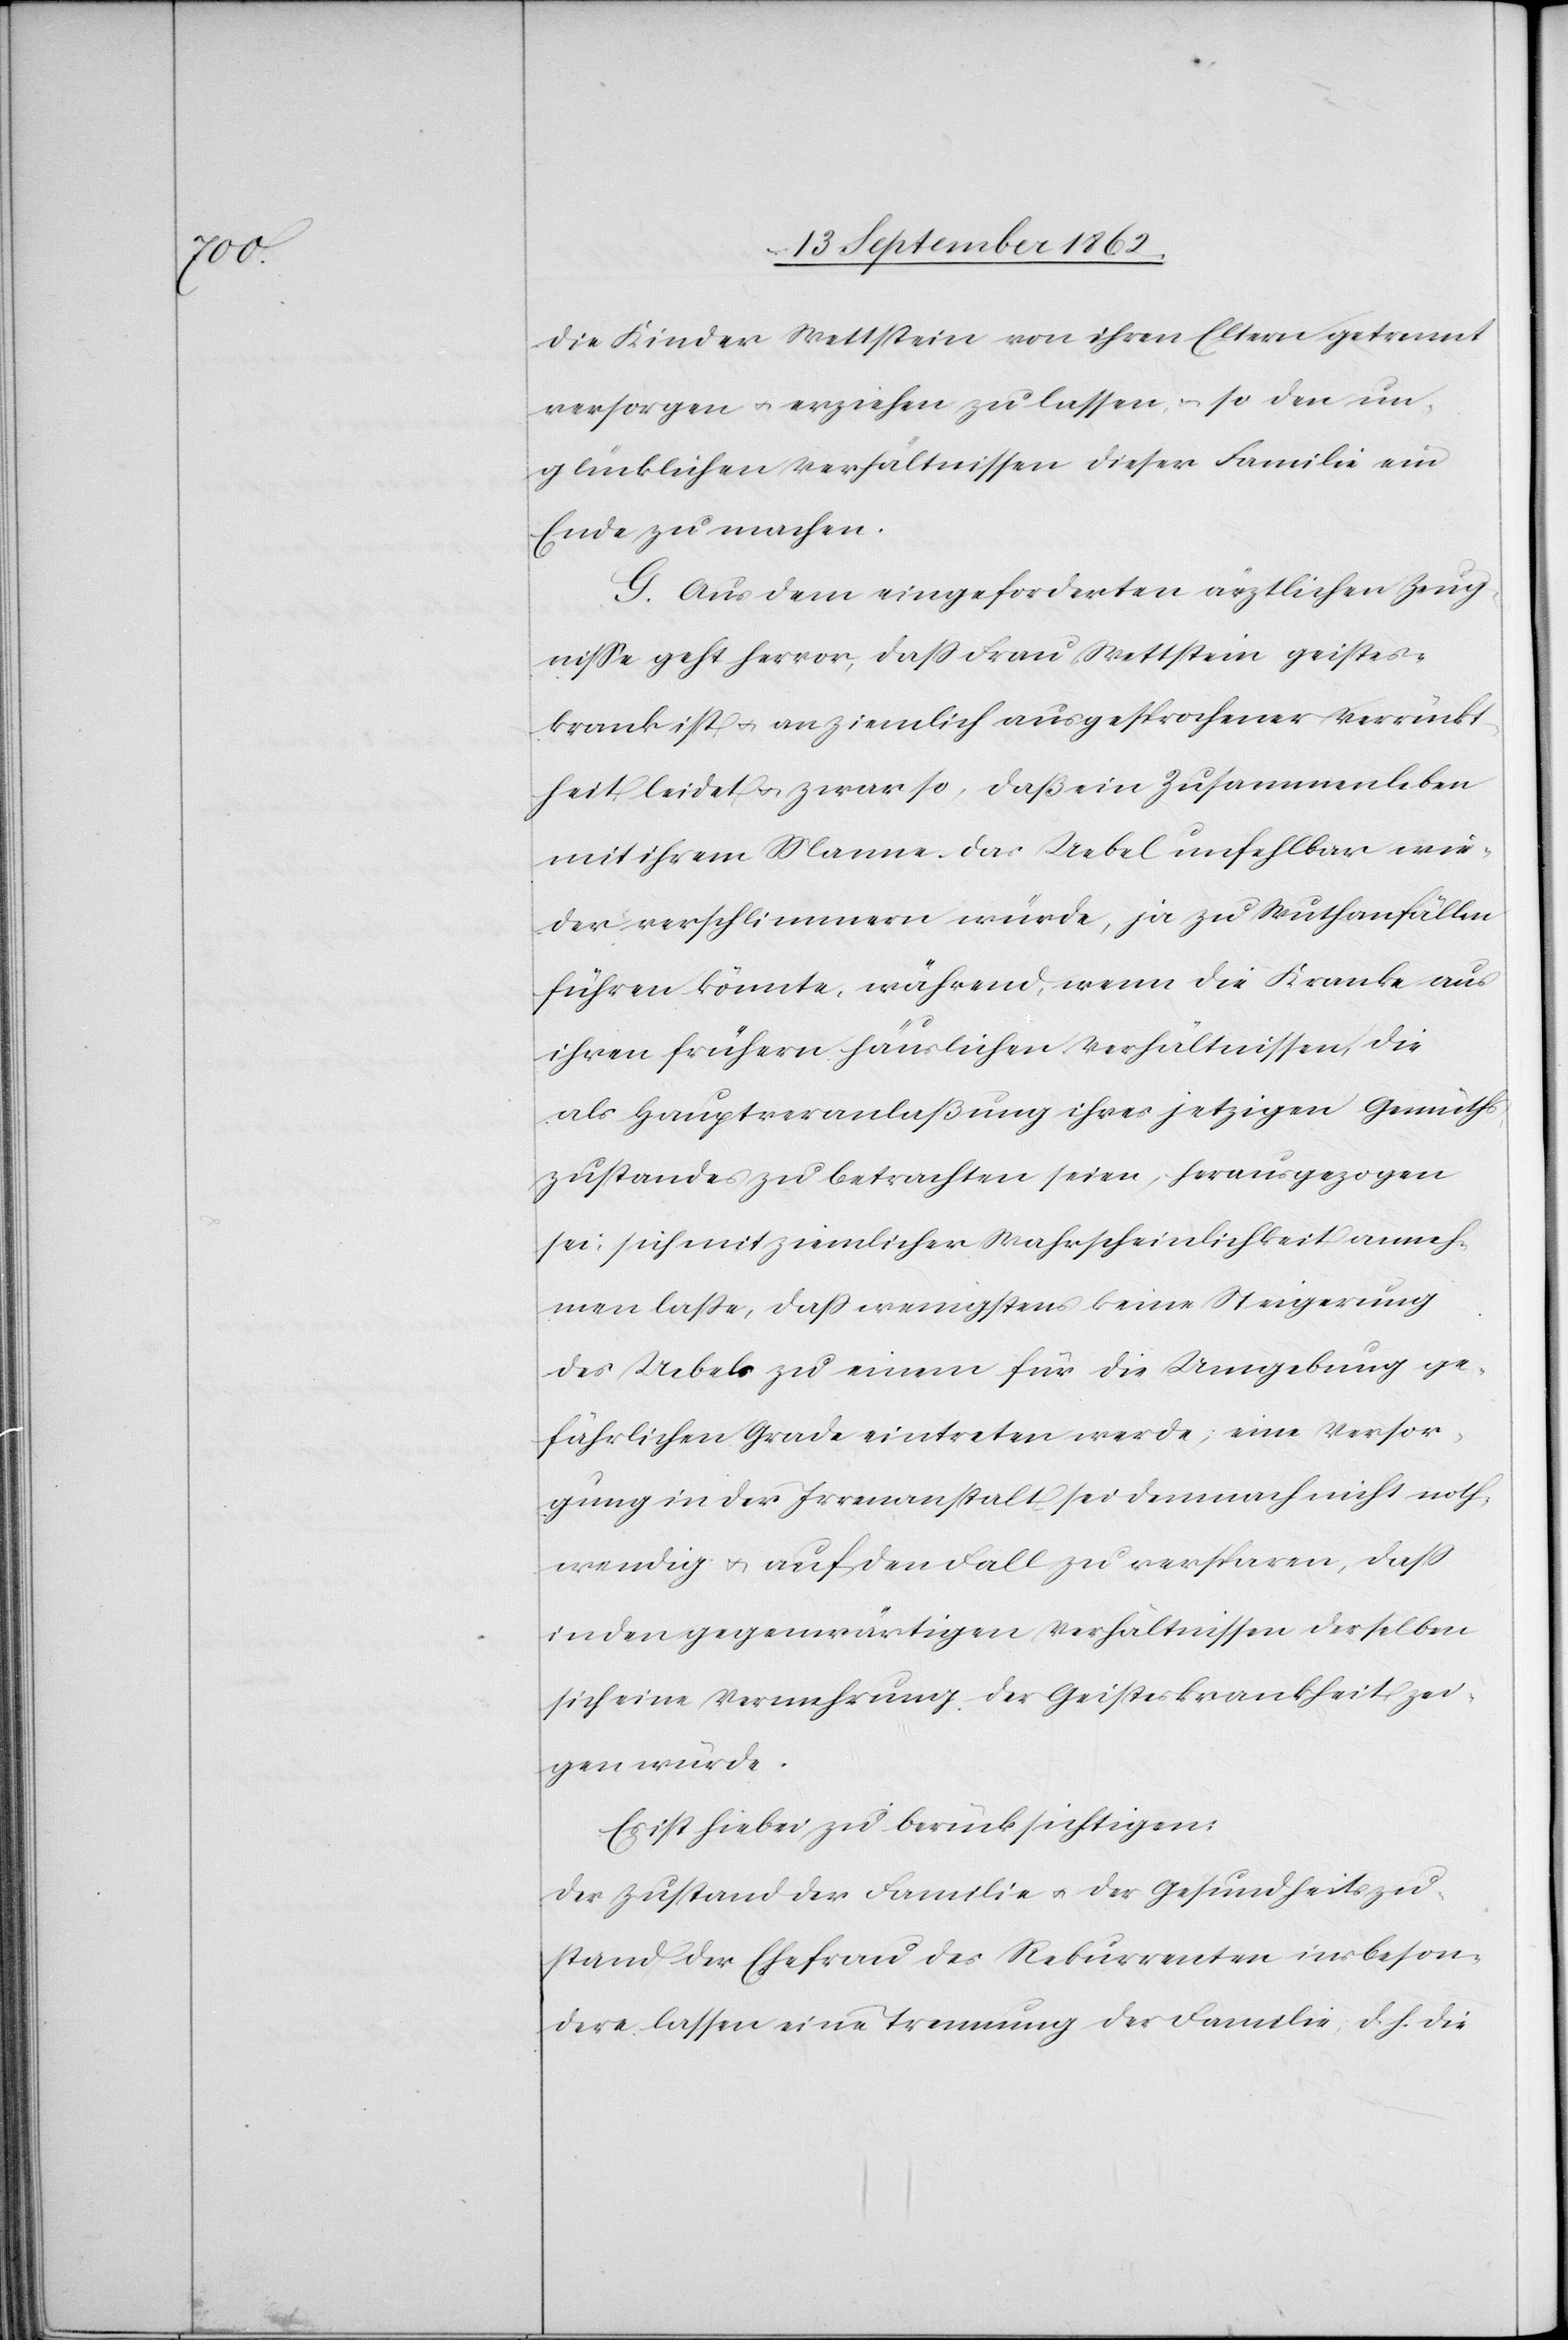
die Kinder Wettstein von ihren Eltern getrennt
versorgen u. erziehen zu lassen, u. so den un¬
glücklichen Verhältnissen dieser Familie ein
Ende zu machen.
G. Aus dem eingeforderten ärztlichen Zeug¬
nisse geht hervor, daß Frau Wettstein geistes¬
krank ist u. an ziemlich ausgesprochener Verrückt¬
heit leidet u. zwar so, daß ein Zusammenleben
mit ihrem Manne das Uebel unfehlbar wie¬
der verschlimmern würde, ja zu Wuthanfällen
führen könnte, während, wenn die Kranke aus
ihren frühern häuslichen Verhältnissen, die
als Hauptveranlaßung ihres jetzigen Gemüths¬
zustandes zu betrachten seien, herausgezogen
sei, sich mit ziemlicher Wahrscheinlichkeit anneh¬
men laße, daß wenigstens keine Steigerung
des Uebels zu einem für die Umgebung ge¬
fährlichen Grade eintreten werde, eine Versor¬
gung in der Irrenanstalt sei demnach nicht noth¬
wendig u. auf den Fall zu versparen, daß
in den gegenwärtigen Verhältnissen derselben
sich eine Vermehrung der Geisteskrankheit zei¬
gen würde.
Es ist hiebei zu berücksichtigen:
Der Zustand der Familie u. der Gesundheitszu¬
stand der Ehefrau des Rekurrenten insbeson¬
dere lassen eine Trennung der Familie, d. h. die